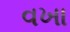
વખા